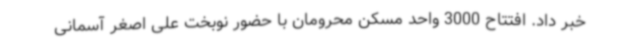
خبر داد. افتتاح 3000 واحد مسکن محرومان با حضور نوبخت علی اصغر آسمانی